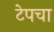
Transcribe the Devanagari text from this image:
टेपचा